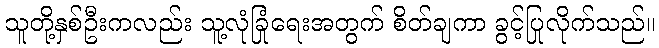
သူတို့နှစ်ဦးကလည်း သူ့လုံခြုံရေးအတွက် စိတ်ချကာ ခွင့်ပြုလိုက်သည်။